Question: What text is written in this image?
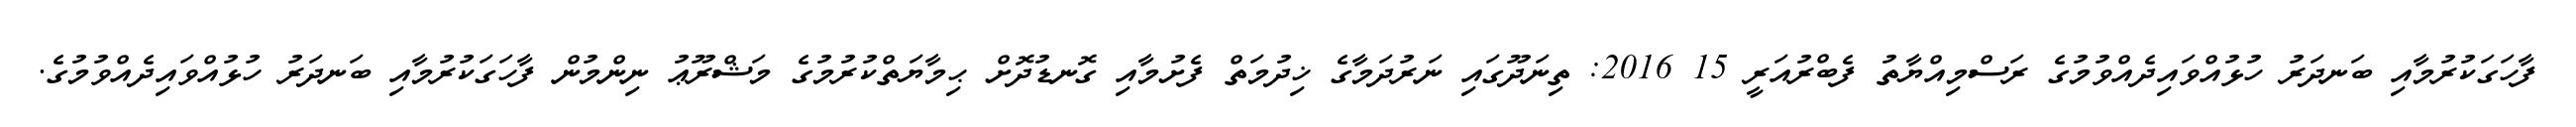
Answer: ފާހަގަކުރުމާއި ބަނދަރު ހުޅުއްވައިދެއްވުމުގެ ރަސްމިއްޔާތު ފެބްރުއަރީ 15 2016: ތިނަދޫގައި ނަރުދަމާގެ ޚިދުމަތް ފެށުމާއި ގޮނޑުދޮށް ޙިމާޔަތްކުރުމުގެ މަޝްރޫޢު ނިންމުން ފާހަގަކުރުމާއި ބަނދަރު ހުޅުއްވައިދެއްވުމުގެ.